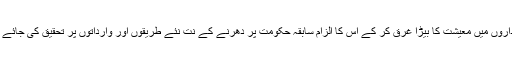
ان اداروں میں معیشت کا بیڑا غرق کر کے اس کا الزام سابقہ حکومت پر دھرنے کے نت نئے طریقوں اور وارداتوں پر تحقیق کی جائے گی۔